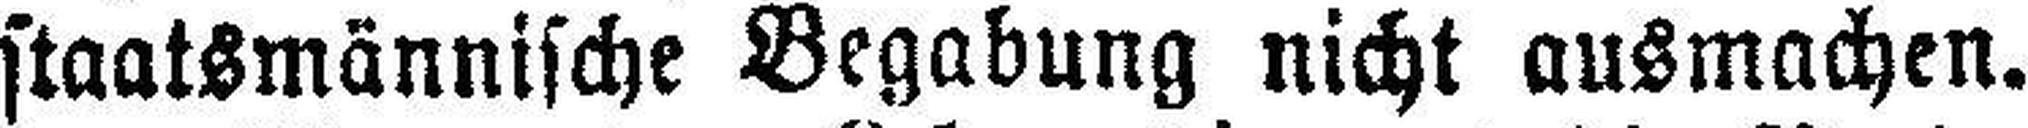
staatsmännische Begabung nicht ausmachen.